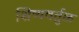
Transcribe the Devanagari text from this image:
शिष्यवर्तुळ